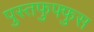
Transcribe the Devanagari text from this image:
पुस्तफुफ्फुस